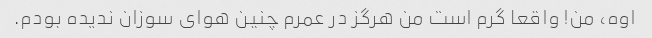
اوه، من! واقعا گرم است من هرگز در عمرم چنین هوای سوزان ندیده بودم.